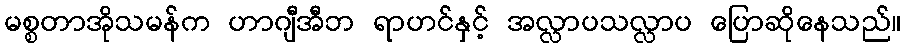
မစ္စတာအိုသမန်က ဟာဂျီအီဘ ရာဟင်နှင့် အလ္လာပသလ္လာပ ပြောဆိုနေသည်။